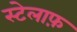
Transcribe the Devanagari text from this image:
स्टेलाफ़